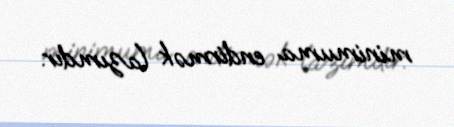
minimuma endirmək lazımdır.